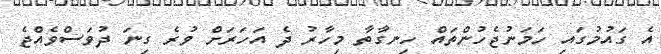
އެ ގައުމުގައި ހަމަނުޖެހުންތައް ހިނގާތާ މިހާރު ދެ އަހަރަށް ވުރެ ގިނަ ދުވަސްވެއްޖެ